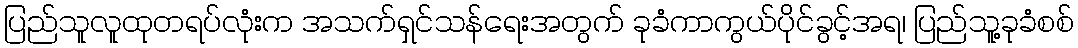
ပြည်သူလူထုတရပ်လုံးက အသက်ရှင်သန်ရေးအတွက် ခုခံကာကွယ်ပိုင်ခွင့်အရ၊ ပြည်သူ့ခုခံစစ်